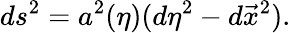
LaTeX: ds^{2}=a^{2}(\eta)(d\eta^{2}-d\vec{x}^{2}).